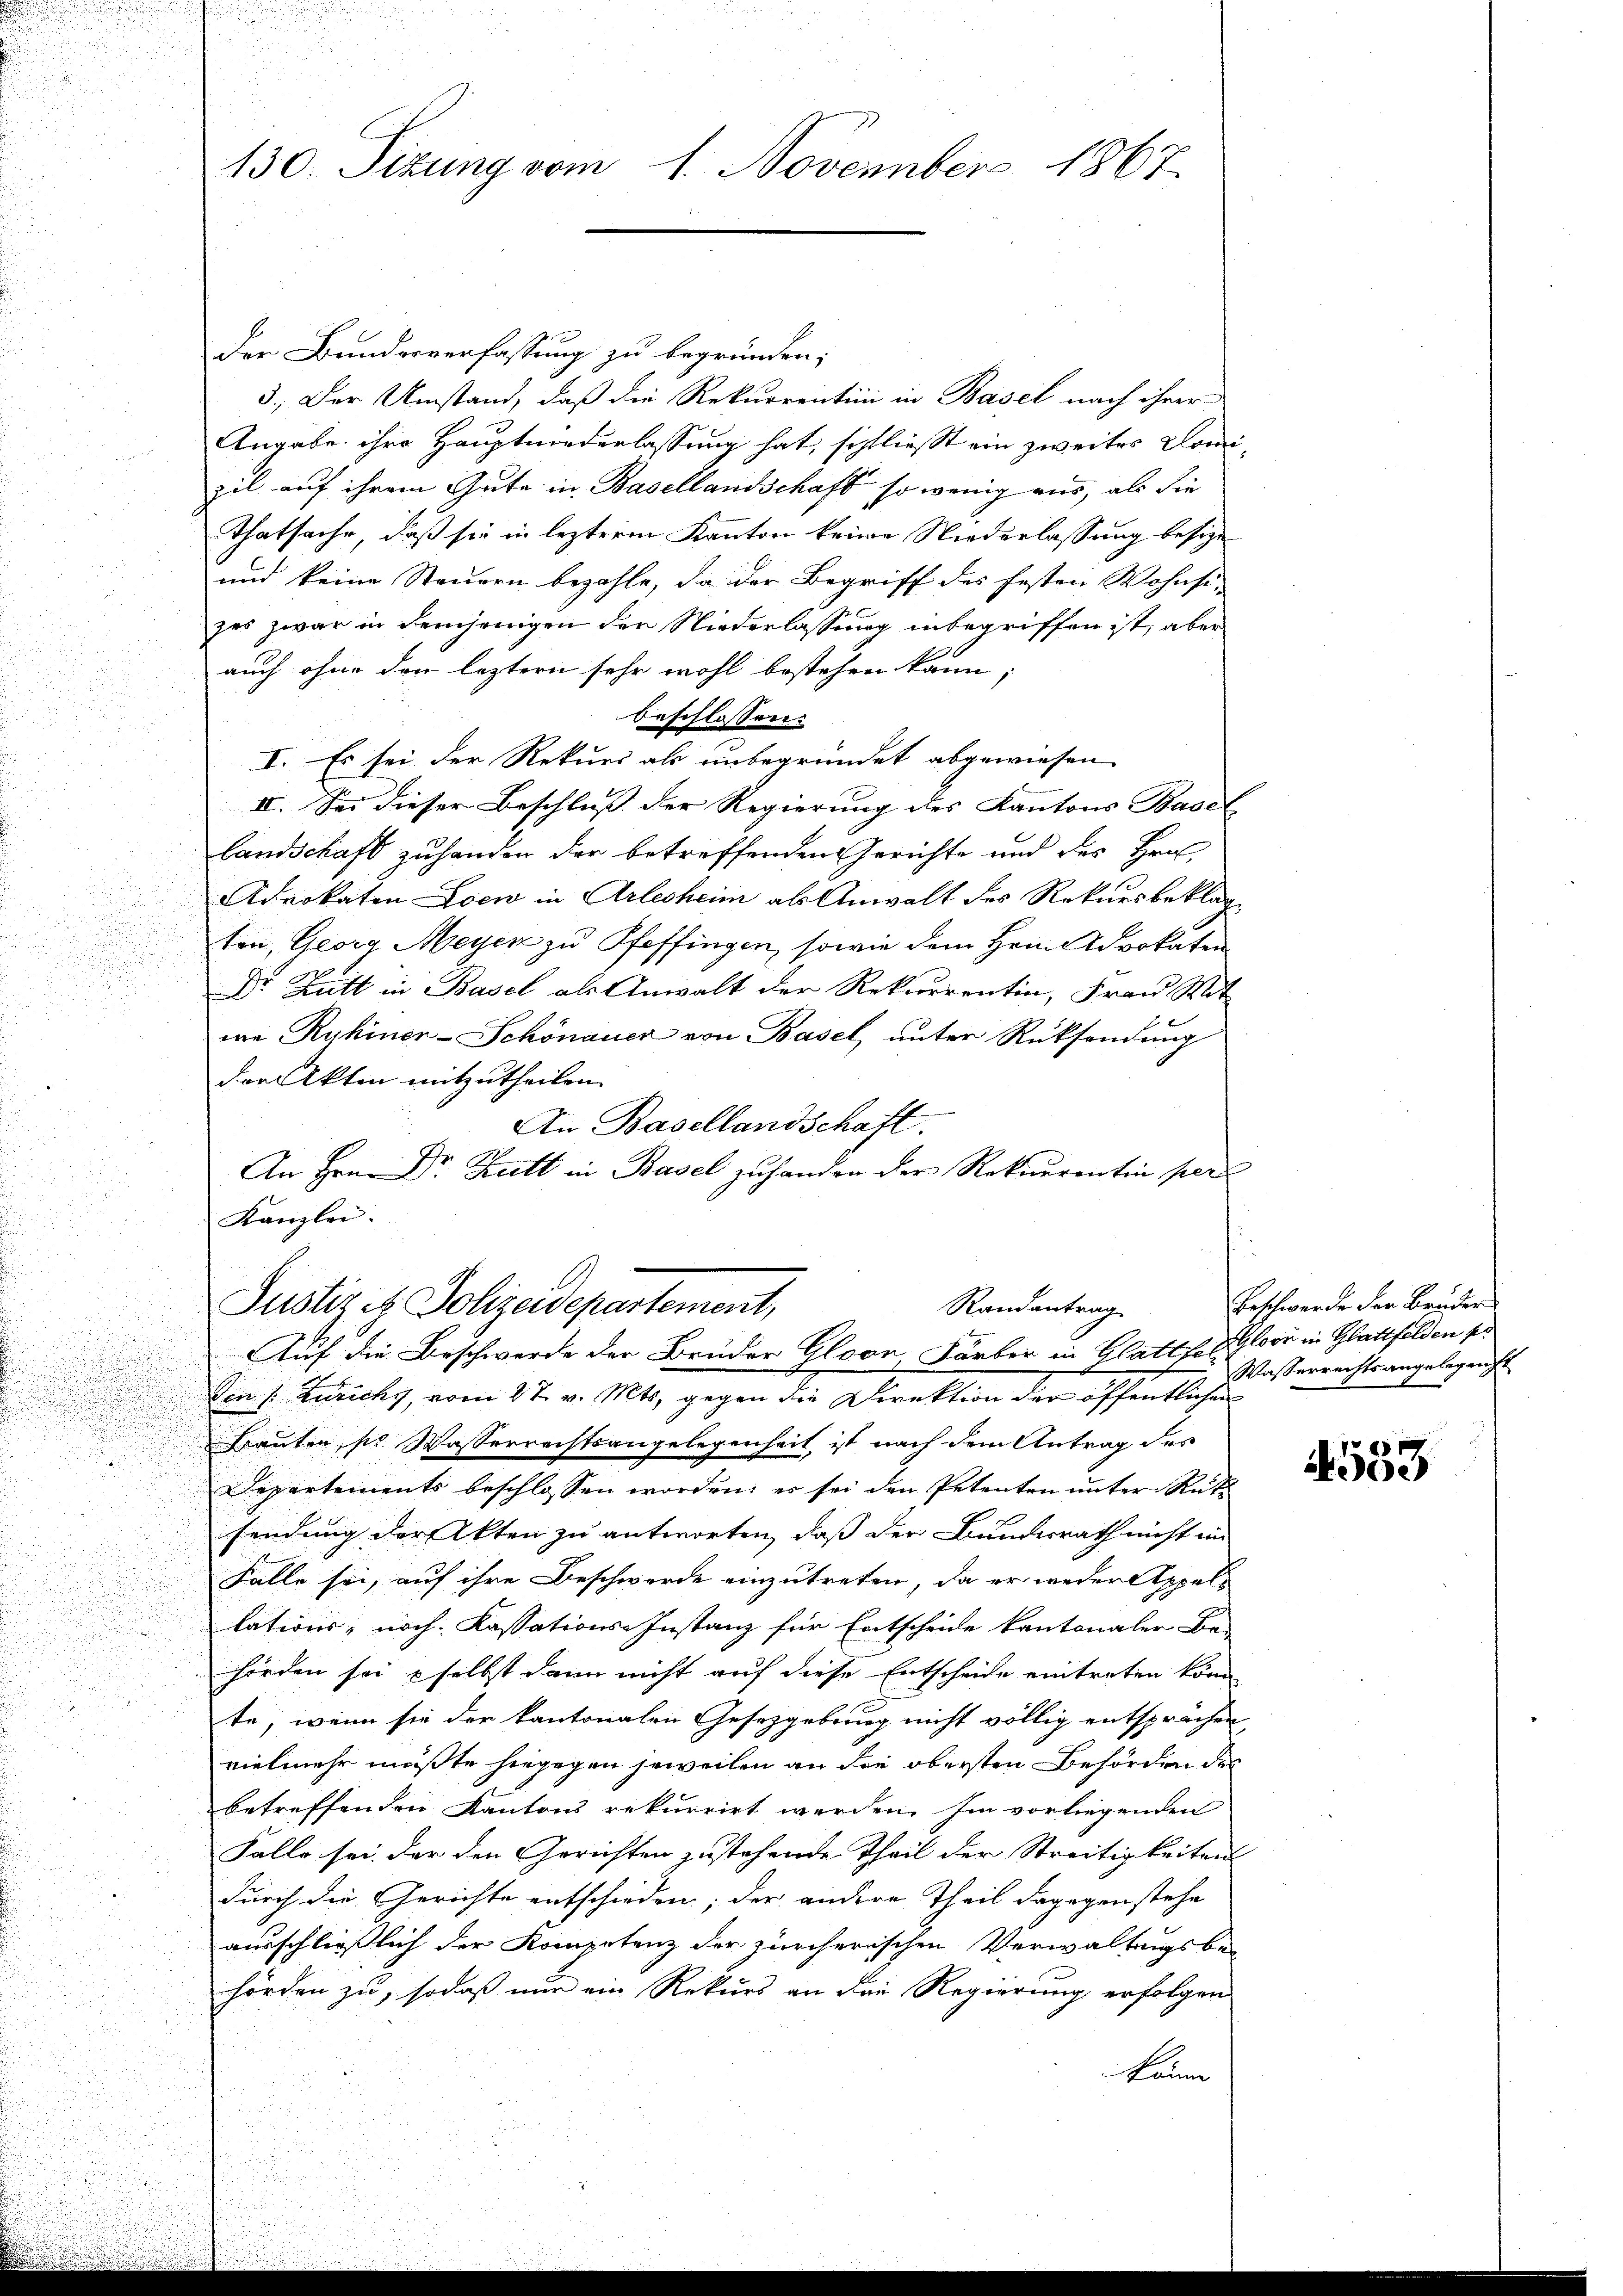
130. Sizung vom 1. November 1867

Der Bundesverfassung zu begründen;
3.) Der Umstand, daß die Rekurrentin in Basel nach ihrer
Angabe ihre Hauptwiederlassung hat, schließt ein zweites Domizil auf ihrem Gute in Basellandschaft so wenig aus, als die
Thatsache, daß sie in lezteren Kanton keine Niederlassung besize
und keine Steuern bezahle, da der Begriff des festen Wohnsi-
zes zwar in demjenigen der Niederlassung inbegriffen ist, aber
auch ohne den leztern sehr wohl bestehen kann;
beschlossen:
i
I. Es sei der Rekurs als unbegründet abgewiesen.
IV. Sei dieser Beschluss der Regierung des Kantons Basel
Landschaft zu handen der betreffenden Gerichte und des Hrn.
Advokaten Loew in Arlesheim als Anwalt des Rekursbeklag¬

u

ton, Georg Meyer zu Pfeffingen, sowie dem Herrn Advokaten
u
i
u
Dr. Gutt in Basel als Anwalt der Rekurrentin, Frau Mit
we Ryhiner-Schönauer von Basel unter Rücksendŭng
der Akten mitzutheilen.
An Basellandschaft.

An Hrn. Dr. Butt in Basel zuhanden der Rekurrentin per
i
Kanzlei.
Justiz et Polizeidepartement,
Randantrag
Auf die Beschwerde der Brüder Gloor Färber in Glattfolglose in Glattfelden pr
Von s. Zurichs, vom 27. v. Mts. gegen die Direktion der öffentlichen
Brauten, pr. Wasserrechtsangelegenheit, ist nach dem Antrag des
Departements beschlossen worden; er sei den Petenten unter Rück
sendung der Akten zu antworten, daß der Bunderath nicht im
Falle sei, auf ihre Beschwerde einzutreten, da er weder Appels
u
lations- noch. Kassations-Instanz für Entscheide kantonaler Be-

hörden sei selbst dann nicht auf diese Entscheide eintreten könn
d
d

te, wenn sie der kantonalen Gesetzgebung nicht völlig entsprächen,
u
vielmehr müßte hiegegen jeweilen an die obersten Behörden des
betreffenden Kantons rekurrirt werden, hin vorliegenden
Falle sei der den Gerichten zustehende Theil der Streitigkeiten
durch die Gerichte entschieden; der andere Theil dagegen stehe
ausschließlich der Kompetenz der zürcherischen Verwaltungsbe-
hörden zu, sodaß nur ein Rekurs an den Regierung erfolgen
kämme

Beschwerde der Bruder
Wasserrechtsangelegenst

4553